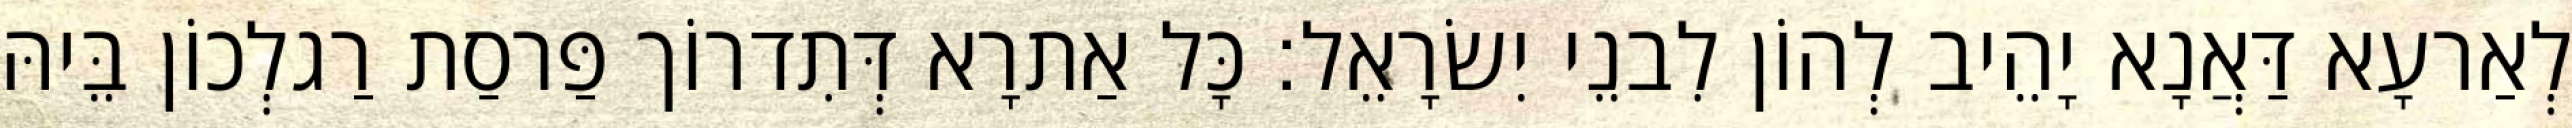
לְאַרעָא דַּאֲנָא יָהֵיב לְהוֹן לִבנֵי יִשׂרָאֵל׃ כָּל אַתרָא דְּתִדרוֹך פַּרסַת רַגלְכוֹן בֵּיהּ